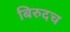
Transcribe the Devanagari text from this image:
बिरुदच